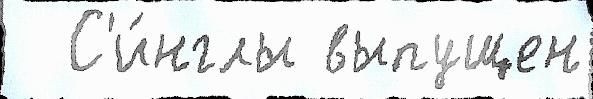
  С'и́нглы выпущен